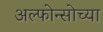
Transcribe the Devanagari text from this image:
अल्फोन्सोच्या